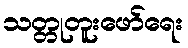
သတ္တုတူးဖော်ရေး